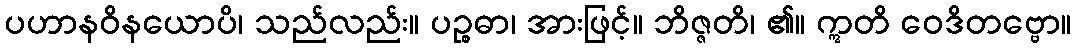
ပဟာနဝိနယောပိ၊ သည်လည်း။ ပဉ္စဓာ၊ အားဖြင့်။ ဘိဇ္ဇတိ၊ ၏။ ဣတိ ဝေဒိတဗ္ဗော။